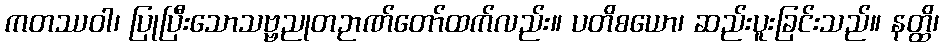
ကတဿဝါ၊ ပြုပြီးသောသဗ္ဗညုတဉာဏ်တော်ထက်လည်း။ ပတိစယော၊ ဆည်းပူးခြင်းသည်။ နတ္ထိ၊